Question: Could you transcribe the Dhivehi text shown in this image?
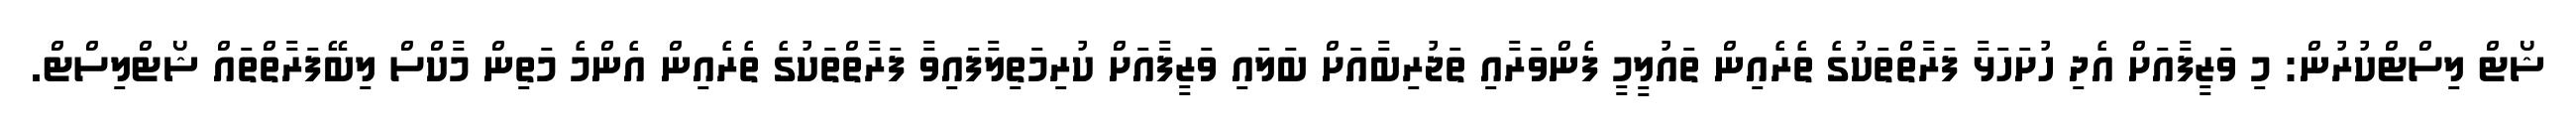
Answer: ޝޯޓް ލިސްޓްކުރުން: މި ވަޒީފާއަށް އެދި ހުށަހަޅާ ފަރާތްތަކުގެ ތެރެއިން ތައުލީމީ ފެންވަރާއި ތަޖުރިބާއަށް ބަލައި ވަޒީފާއަށް ކުރިމަތިލާފައިވާ ފަރާތްތަކުގެ ތެރެއިން އެންމެ މަތިން މާކްސް ލިބޭފަރާތްތައް ޝޯޓްލިސްޓް.